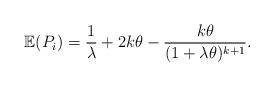
LaTeX: \begin{align*} \mathbb{E}(P_i) = \frac{1}{\lambda}+2k\theta-\frac{k\theta}{(1+\lambda\theta)^{k+1}}.\end{align*}